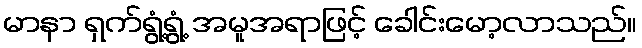
မာနာ ရှက်ရွံ့ရွံ့ အမူအရာဖြင့် ခေါင်းမော့လာသည်။